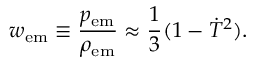
w _ { \mathrm { e m } } \equiv \frac { p _ { \mathrm { e m } } } { \rho _ { \mathrm { e m } } } \approx \frac { 1 } { 3 } ( 1 - \dot { T } ^ { 2 } ) .